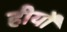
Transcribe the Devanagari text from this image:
हीर्यों